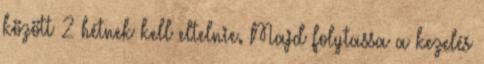
között 2 hétnek kell eltelnie. Majd folytassa a kezelés